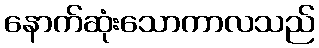
နောက်ဆုံးသောကာလသည်